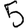
Digit: 5